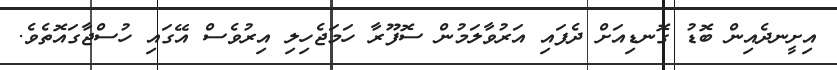
އިށީނދެއިން ބޮޑު ގޮނޑިއަށް ދެފައި އަރުވާލަމުން ސޮފޫރާ ހަމަޖެހިލި އިރުވެސް އޭގައި ހުސްޖާގައޮތެވެ.